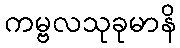
ကမ္ဗလသုခုမာနိ